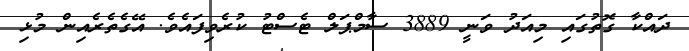
ދައްކާ ގޮތުގައި މިއަދު ވަނީ 3889 ސާމްޕަލް ޓެސްޓު ކުރެވިފައެެވެ. އޭގެތެރެއިން މުޅި